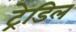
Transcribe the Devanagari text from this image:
ट्रेडिल